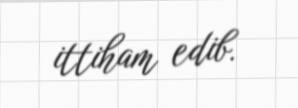
ittiham edib.